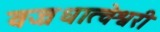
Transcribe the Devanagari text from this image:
वज्रधात्वेश्वरी